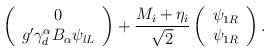
LaTeX: \begin{align*}\left( \begin{array}{c}0 \\ g^{\prime }\gamma _{d}^{\alpha }B_{\alpha }\psi _{lL}\end{array}\right) +\frac{M_{i}+\eta _{i}}{\sqrt{2}}\left( \begin{array}{c}\psi _{1R} \\ \psi _{1R}\end{array}\right) . \end{align*}